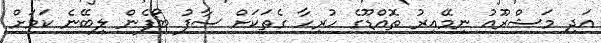
އަދި މަޝްރޫއު ނިމޭއިރު ތޮއްޑޫގެ ހުރިހާ ގެތަކަށް ސާފު ބޯފެން ލިބޭނެ ކަމަށް